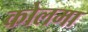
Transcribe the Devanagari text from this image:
कोलमा